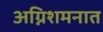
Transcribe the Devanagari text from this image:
अग्निशमनात